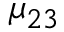
\mu _ { 2 3 }